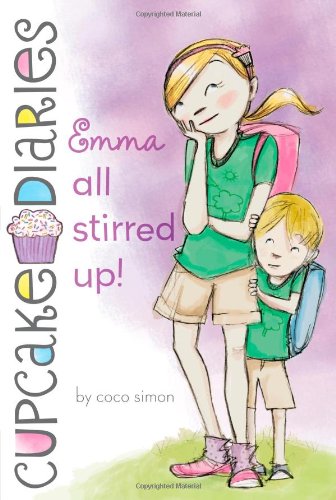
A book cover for Emma All Stirred Up! (Cupcake Diaries); Coco Simon; Cookbooks, Food & Wine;